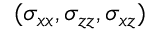
( \sigma _ { x x } , \sigma _ { z z } , \sigma _ { x z } )